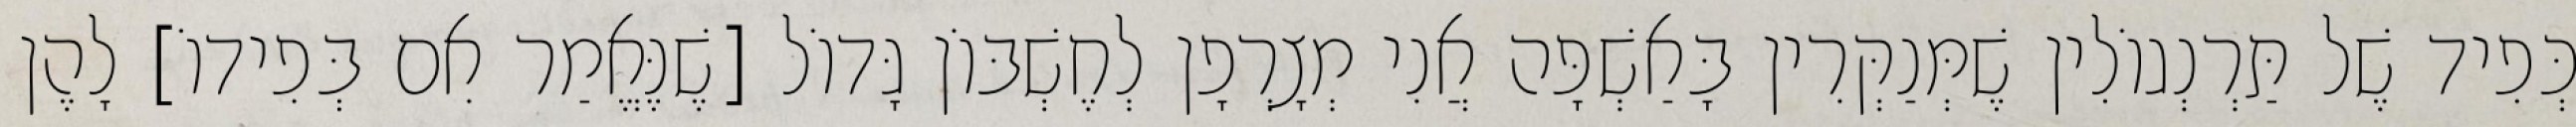
כְּפִיד שֶׁל תַּרְנְגוֹלִין שֶׁמְּנַקְּרִין בָּאַשְׁפָּה אֲנִי מְצָרְפָן לְחֶשְׁבּוֹן גָּדוֹל [שֶׁנֶּאֱמַר אִם בְּפִידוֹ] לָהֶן